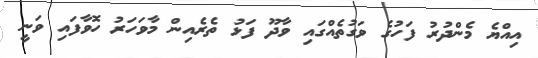
އިއްޔެ މެންދުރު ފަހުގެ ވަގުތެއްގައި ވާދޫ ފަޅު ތެރެއިން މާވަހަރު ހޮވާފައި ވަނީ